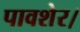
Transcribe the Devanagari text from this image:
पावशेर।